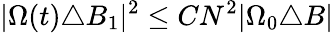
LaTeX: |\Omega(t)\triangle B_{1}|^{2}\le CN^{2}|\Omega_{0}\triangle B|